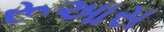
રૂઆસ